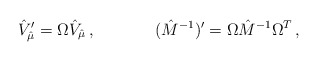
\begin{align*}{\hat V}_{\hat \mu}^\prime = \Omega {\hat V}_{\hat \mu}\, ,\hskip 1.5truecm({\hat M}^{-1})^\prime = \Omega {\hat M}^{-1}\Omega^T\, ,\end{align*}